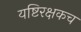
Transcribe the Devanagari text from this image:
यष्टिरक्षकच